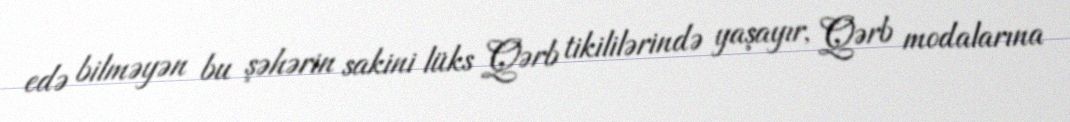
edə bilməyən bu şəhərin sakini lüks Qərb tikililərində yaşayır, Qərb modalarına